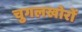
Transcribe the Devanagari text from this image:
चुगलखोरों